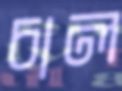
চাল